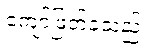
ကျော်ဖြတ်ခဲ့သည်